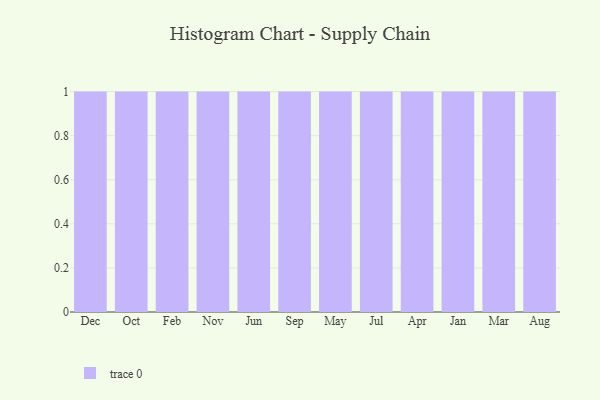
{"axis": {"x": "Month", "y": "Gross Profit (USD K)"}, "legend": [""], "data": [{"x": "Dec", "y": 41, "type": ""}, {"x": "Oct", "y": 89, "type": ""}, {"x": "Feb", "y": 14, "type": ""}, {"x": "Nov", "y": 98, "type": ""}, {"x": "Jun", "y": 76, "type": ""}, {"x": "Sep", "y": 31, "type": ""}, {"x": "May", "y": 11, "type": ""}, {"x": "Jul", "y": 25, "type": ""}, {"x": "Apr", "y": 1, "type": ""}, {"x": "Jan", "y": 4, "type": ""}, {"x": "Mar", "y": 83, "type": ""}, {"x": "Aug", "y": 36, "type": ""}]}